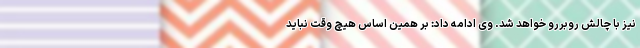
نیز با چالش روبررو خواهد شد. وی ادامه داد: بر همین اساس هیچ وقت نباید